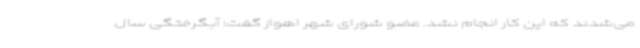
می‌شدند که این کار انجام نشد. عضو شورای شهر اهواز گفت: آبگرفتگی سال